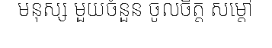
មនុស្ស មួយចំនួន ចូលចិត្ត សម្តៅ